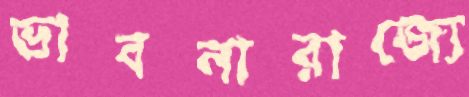
ভাবনারাজ্যে